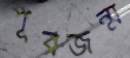
পূর্বজন্ম